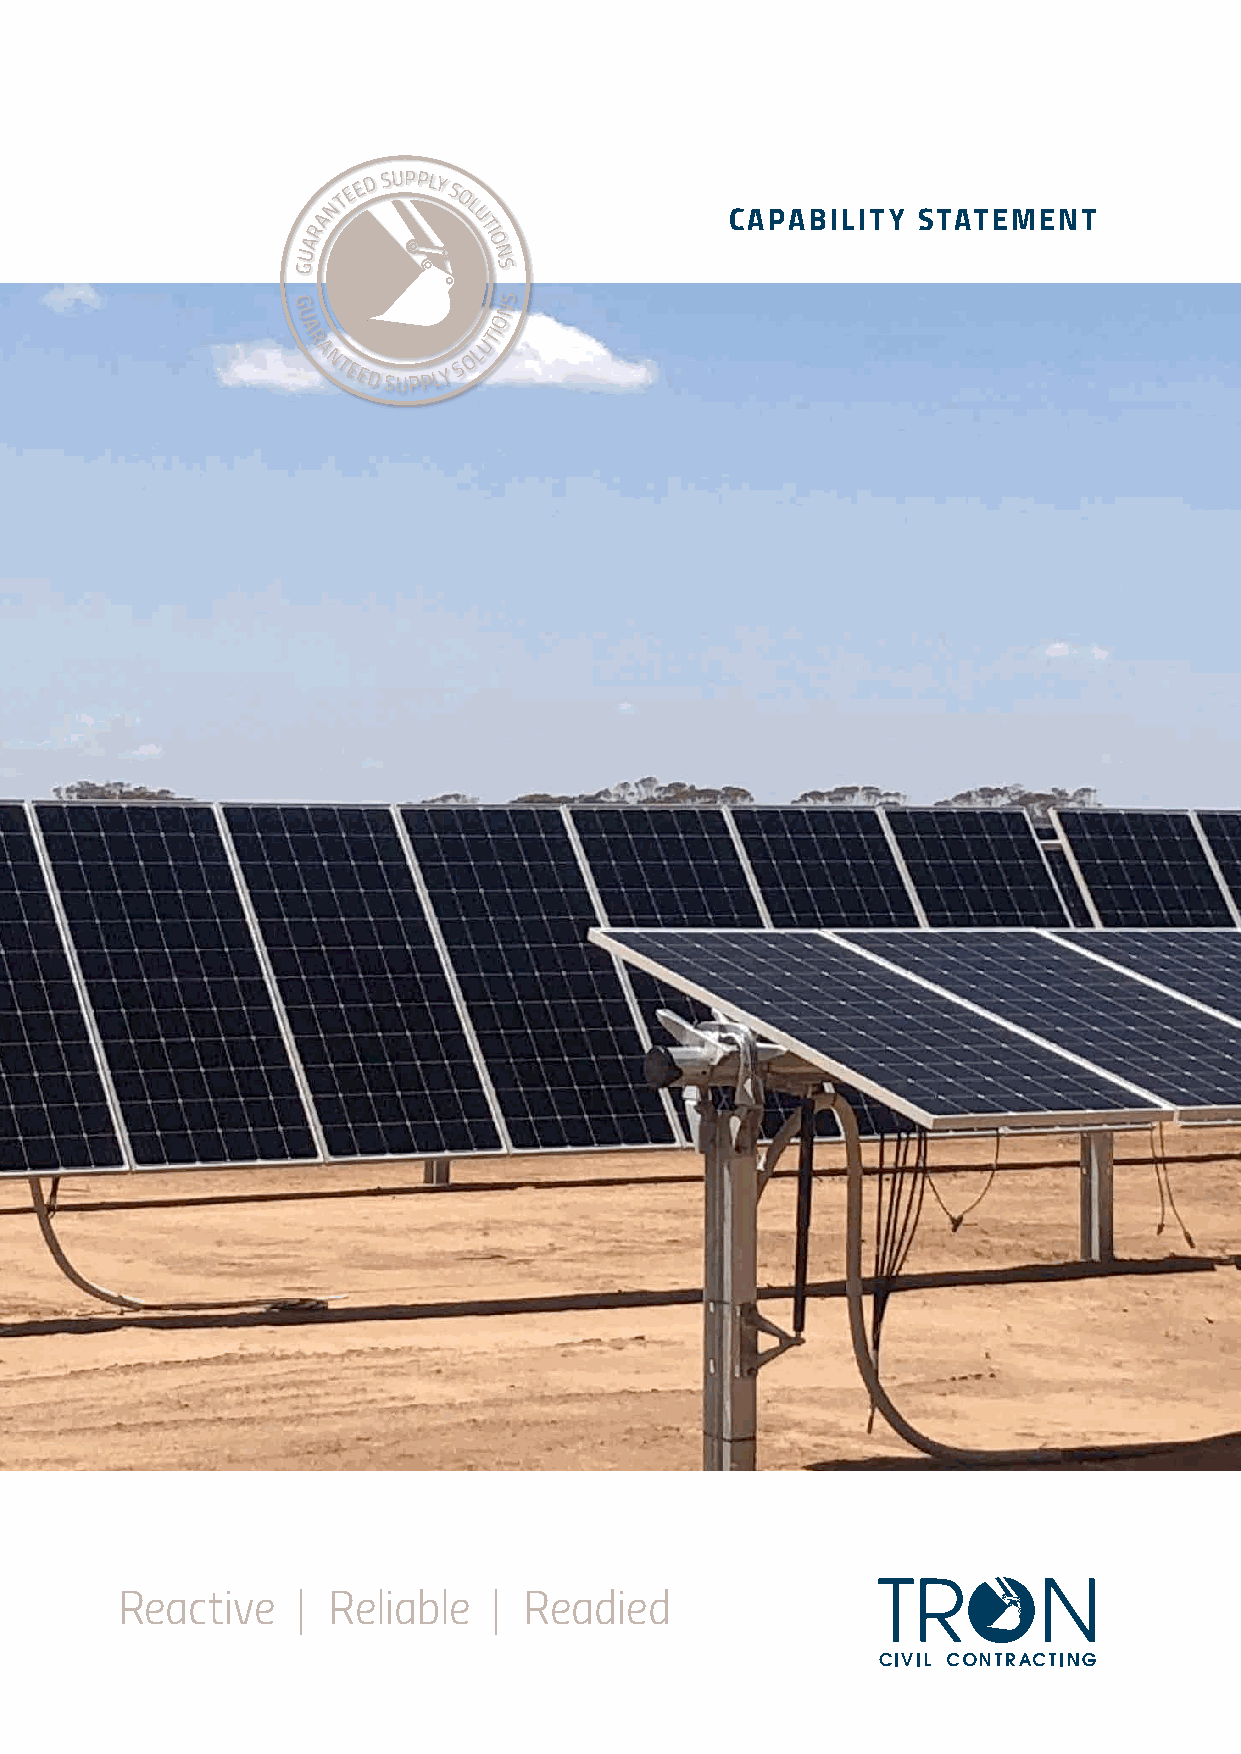
ANTE E D SUPPLY S
 O
 L U              CAPABILITY   STATEMENT
 R          TI
 A           O
 U           N
 G            S
 G             NS
 U             O
 A           TI
 R           U
 A
 NTEED
 SUPPL Y
 S
 OL
 Reactive    | Reliable   | Readied